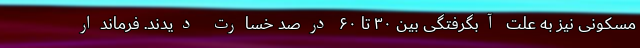
مسکونی نیز به علت آبگرفتگی بین ۳۰ تا ۶۰ درصد خسارت دیدند. فرماندار